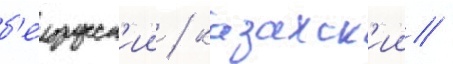
б'елорусск'ии / казахск'ии /